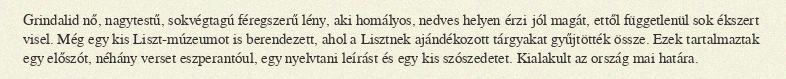
Grindalid nő, nagytestű, sokvégtagú féregszerű lény, aki homályos, nedves helyen érzi jól magát, ettől függetlenül sok ékszert visel. Még egy kis Liszt-múzeumot is berendezett, ahol a Lisztnek ajándékozott tárgyakat gyűjtötték össze. Ezek tartalmaztak egy előszót, néhány verset eszperantóul, egy nyelvtani leírást és egy kis szószedetet. Kialakult az ország mai határa.